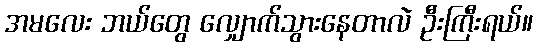
အမလေး ဘယ်တွေ လျှောက်သွားနေတာလဲ ဦးကြီးရယ်။